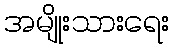
အမျိုးသားရေး